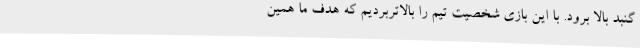
گنبد بالا برود. با این بازی شخصیت تیم را بالاتربردیم که هدف ما همین